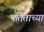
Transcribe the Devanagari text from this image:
पतिताच्या